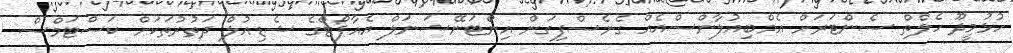
ހުޅުމީދޫ ހެލްތް ސެންޓަރަށް އެމްބިއުލާންސްއެއް ގެނެސްފިގަން އިންޓަނޭޝަނަލް އެއާޕޯޓްގެ ޝެޑިއުލް ދަތުރުތަކަށް ކަސްޓަމްސް